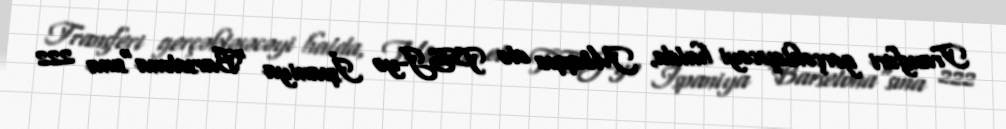
Transferi gerçəkləşəcəyi halda, Mbappe elə PSJ-yə İspaniya "Barselona"sına 222